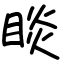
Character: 睒